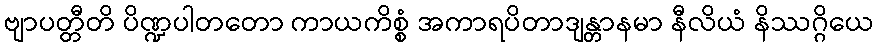
ဗျာပတ္တီတိ ပိဏ္ဍပါတတော ကာယကိစ္စံ အကာရပိတာဒျန္တာနမာ နီလိယံ နိဿဂ္ဂိယေ